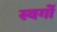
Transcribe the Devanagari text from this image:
स्वर्गो